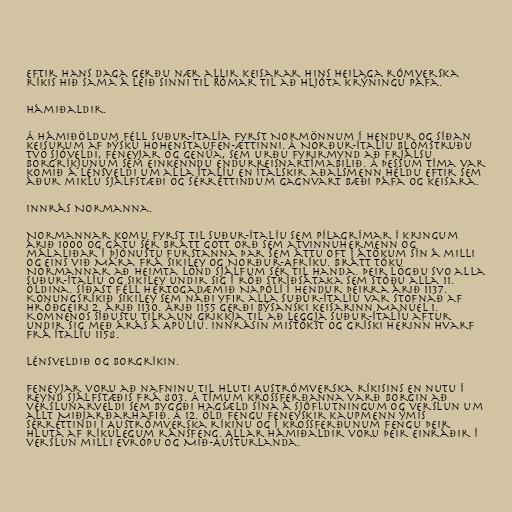
Eftir hans daga gerðu nær allir keisarar hins Heilaga rómverska
ríkis hið sama á leið sinni til Rómar til að hljóta krýningu páfa.

Hámiðaldir.

Á hámiðöldum féll Suður-Ítalía fyrst Normönnum í hendur og síðan
keisurum af þýsku Hohenstaufen-ættinni. Á Norður-Ítalíu blómstruðu
tvö sjóveldi, Feneyjar og Genúa, sem urðu fyrirmynd að frjálsu
borgríkjunum sem einkenndu endurreisnartímabilið. Á þessum tíma var
komið á lénsveldi um alla Ítalíu en ítalskir aðalsmenn héldu eftir sem
áður miklu sjálfstæði og sérréttindum gagnvart bæði páfa og keisara.

Innrás Normanna.

Normannar komu fyrst til Suður-Ítalíu sem pílagrímar í kringum
árið 1000 og gátu sér brátt gott orð sem atvinnuhermenn og
málaliðar í þjónustu furstanna þar sem áttu oft í átökum sín á milli
og eins við Mára frá Sikiley og Norður-Afríku. Brátt tóku
Normannar að heimta lönd sjálfum sér til handa. Þeir lögðu svo alla
Suður-Ítalíu og Sikiley undir sig í röð stríðsátaka sem stóðu alla 11.
öldina. Síðast féll hertogadæmið Napólí í hendur þeirra árið 1137.
Konungsríkið Sikiley sem náði yfir alla Suður-Ítalíu var stofnað af
Hróðgeiri 2. árið 1130. Árið 1155 gerði býsanski keisarinn Manuel 1.
Komnenos síðustu tilraun Grikkja til að leggja Suður-Ítalíu aftur
undir sig með árás á Apúlíu. Innrásin mistókst og gríski herinn hvarf
frá Ítalíu 1158.

Lénsveldið og borgríkin.

Feneyjar voru að nafninu til hluti Austrómverska ríkisins en nutu í
reynd sjálfstæðis frá 803. Á tímum krossferðanna varð borgin að
verslunarveldi sem byggði hagsæld sína á sjóflutningum og verslun um
allt Miðjarðarhafið. Á 12. öld fengu feneyskir kaupmenn ýmis
sérréttindi í Austrómverska ríkinu og í krossferðunum fengu þeir
hluta af ríkulegum ránsfeng. Allar hámiðaldir voru þeir einráðir í
verslun milli Evrópu og Mið-Austurlanda.